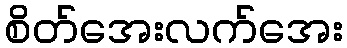
စိတ်အေးလက်အေး